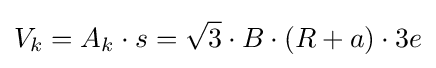
V_{k}=A_{k}\cdot s={\sqrt {3}}\cdot B\cdot (R+a)\cdot 3e